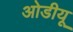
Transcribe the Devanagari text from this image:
ओडीयू